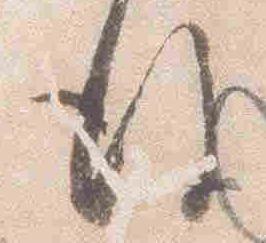
後